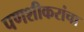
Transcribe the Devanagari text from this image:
पणशीकरांचा